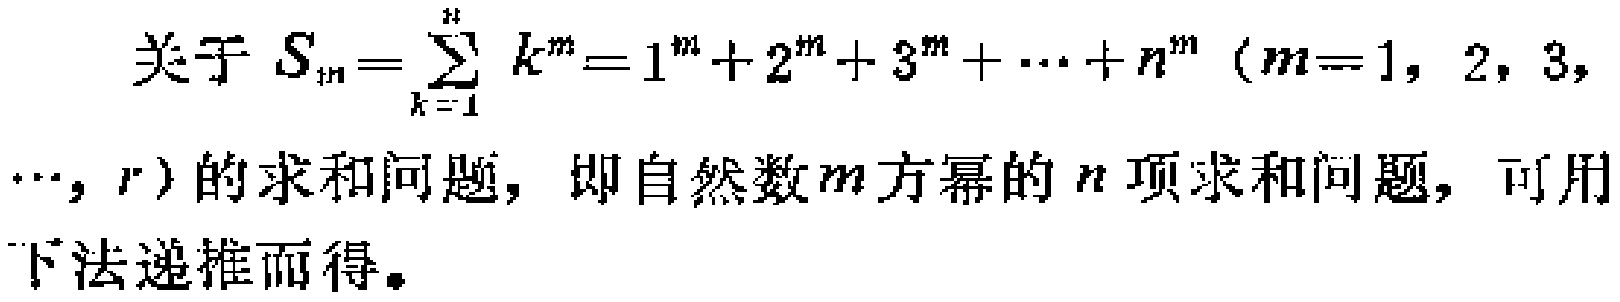
关于 \(S_{n}=\sum_{k = 1}^{n} k^{m}=1^{m}+2^{m}+3^{m}+\cdots +n^{m}\)（\(m = 1,2,3,\cdots,r\)）的求和问题，即自然数\(m\)方幂的\(n\)项求和问题，可用下法递推而得。